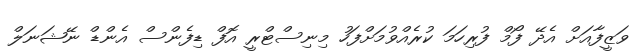
ވަޒީފާއަށް އެދޭ ފޯމް ފުރިހަމަ ކުރެއްވުމަށްފަހު މިނިސްޓްރީ އޮފް ޑިފެންސް އެންޑް ނޭޝަނަލް